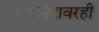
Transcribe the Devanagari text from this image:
चित्रपटावरही